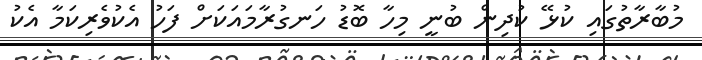
މުބާރާތުގައި ކުޅޭ ކުދިން ބުނީ މިހާ ބޮޑު ހަނގުރާމައަކަށް ފަހު އެކުވެރިކަމާ އެކު